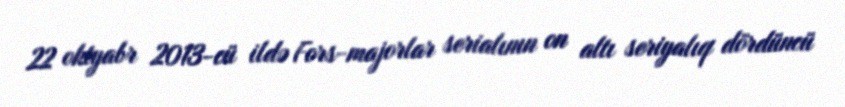
22 oktyabr 2013-cü ildə Fors-majorlar serialının on altı seriyalıq dördüncü